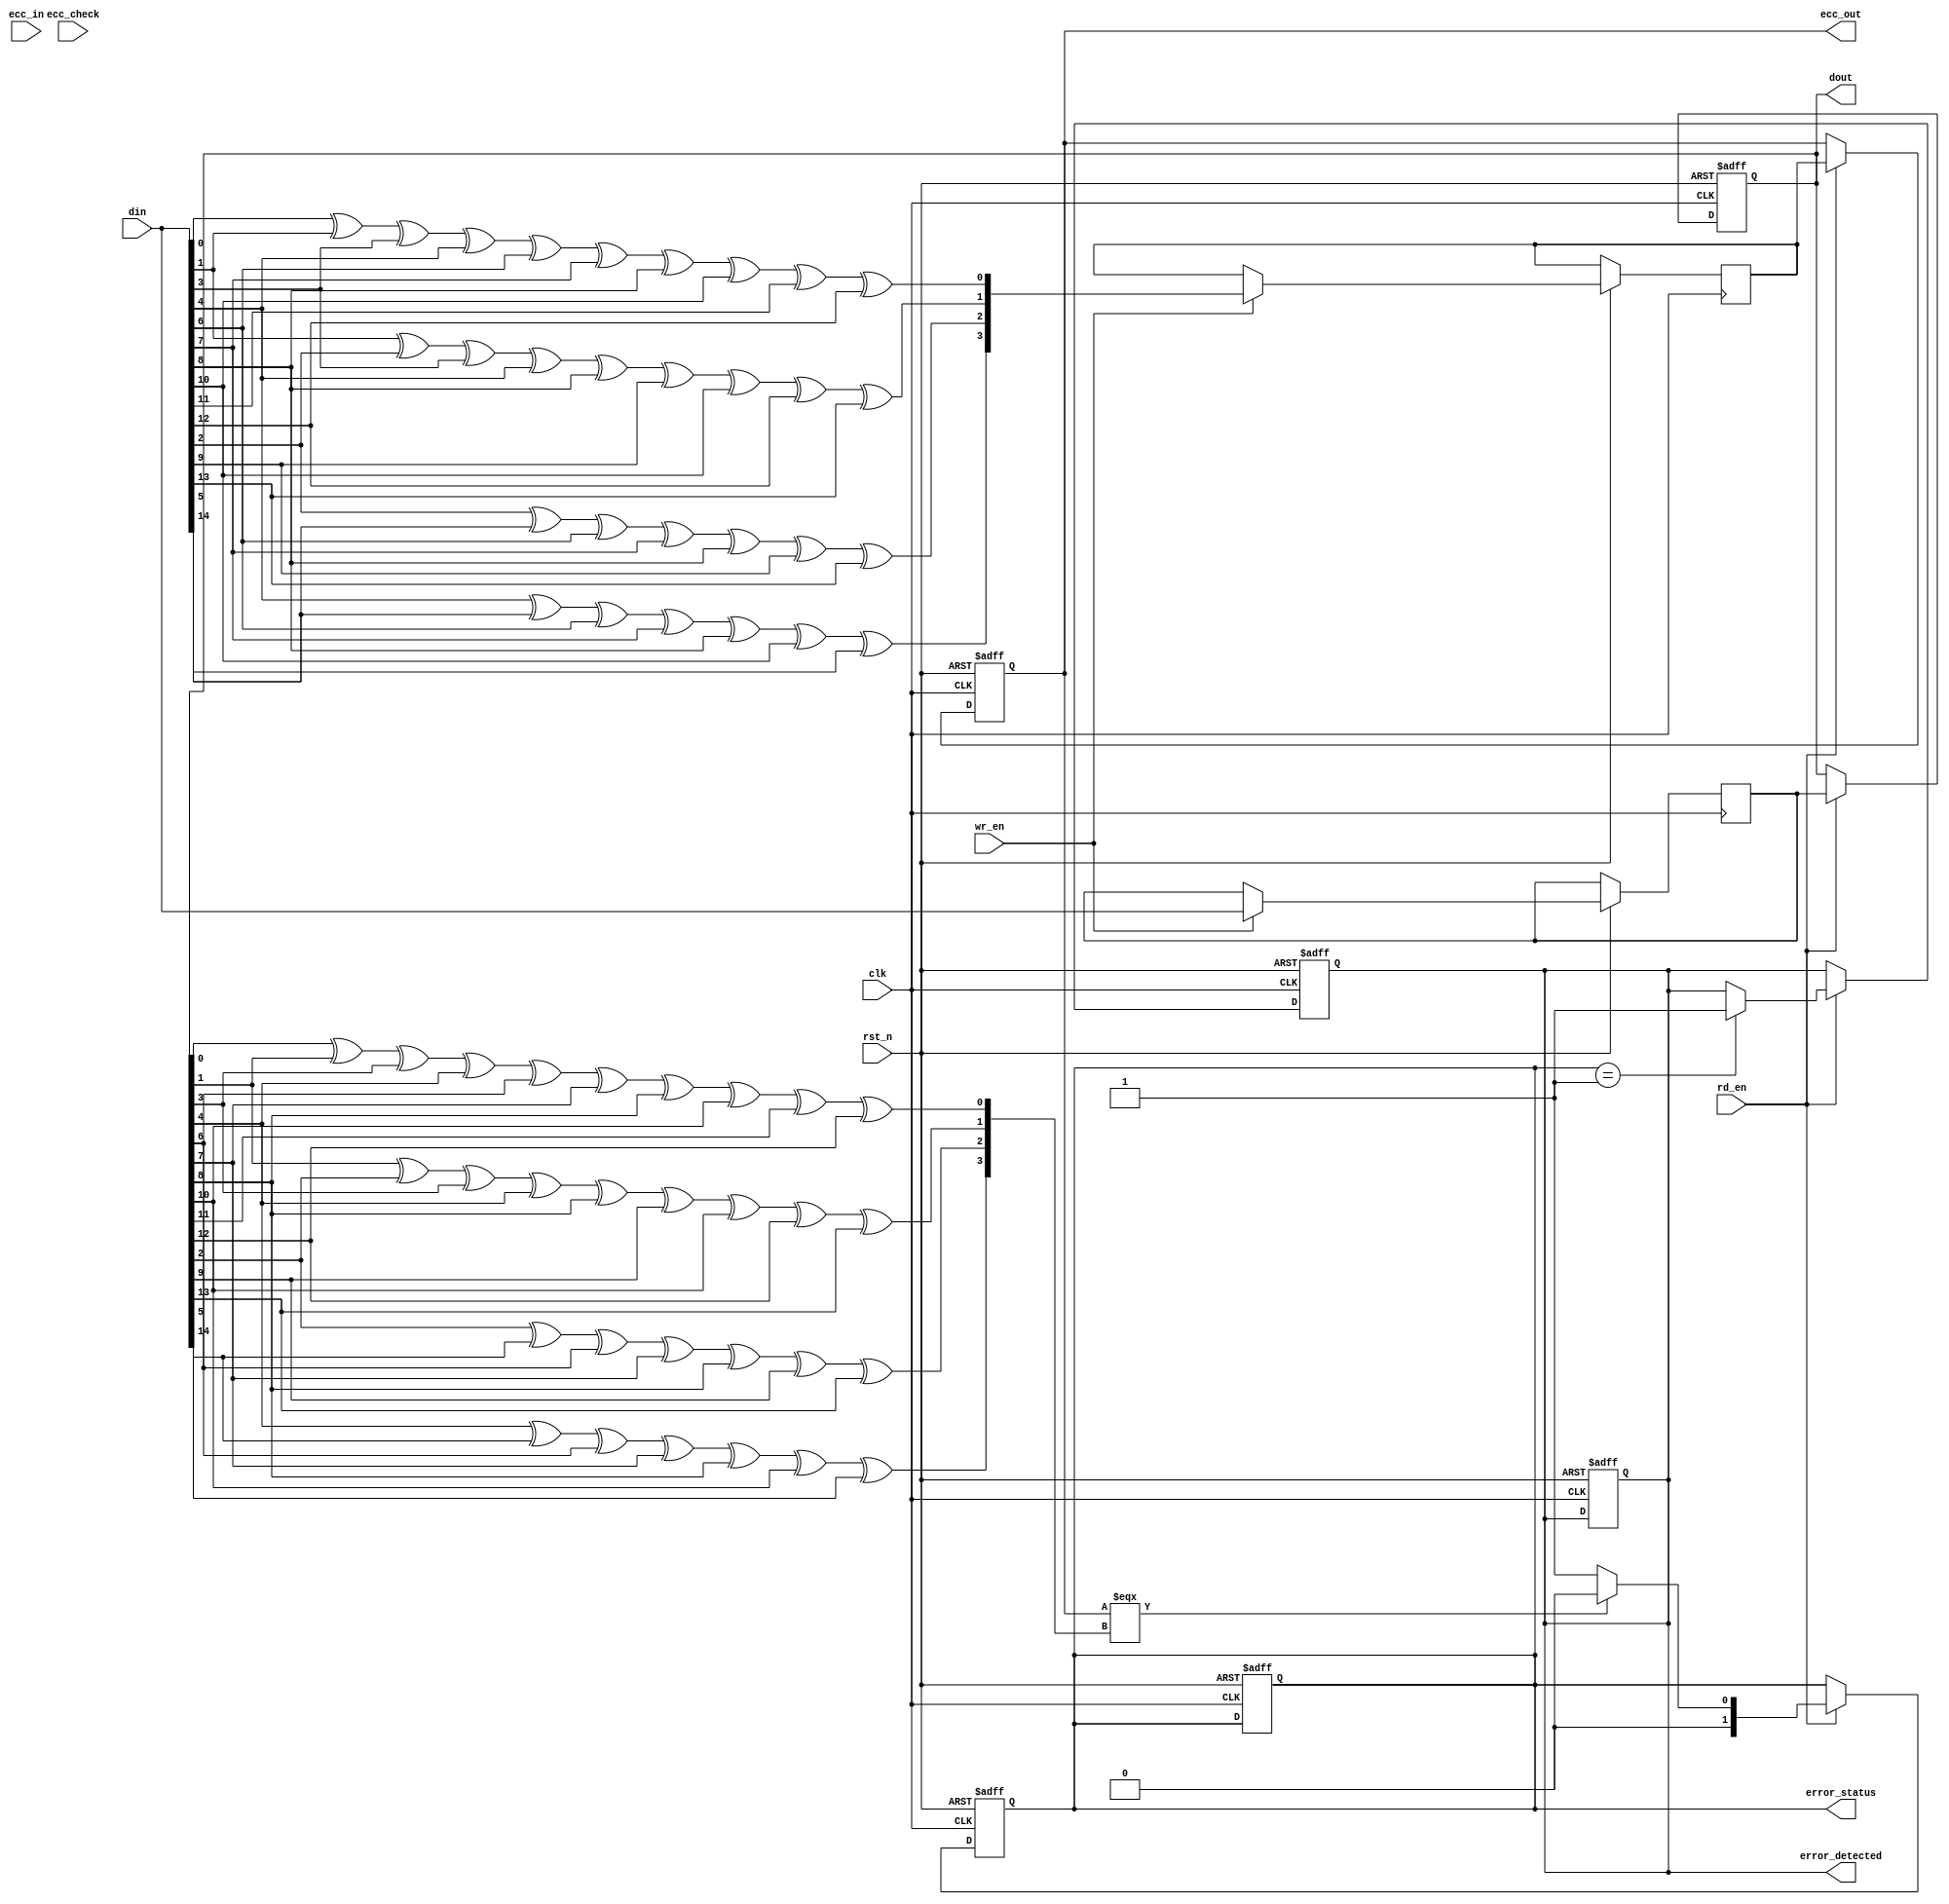
module ecc_dram_io_block (
    input wire clk,
    input wire rst_n,
    input wire [31:0] din,         // Data input (32-bit)
    input wire [3:0] ecc_in,       // ECC input
    input wire wr_en,              // Write enable
    input wire rd_en,              // Read enable
    input wire [31:0] ecc_check,   // Expected ECC bits for error checking
    output reg [31:0] dout,        // Data output
    output reg [3:0] ecc_out,      // Generated ECC bits
    output reg error_detected,      // Error detection flag
    output reg [1:0] error_status   // Error status (00: no error, 01: correctable, 10: uncorrectable)
);

// Internal Registers
reg [31:0] mem [0:255]; // Memory storage (256 x 32-bit)
reg [3:0] mem_ecc [0:255]; // Store ECC bits corresponding to memory

// ECC generation (Hamming code example)
function [3:0] generate_ecc;
    input [31:0] data;
    // Simple Hamming code calculation
    begin
        // Dummy ECC generation for illustration
        generate_ecc[0] = data[0] ^ data[1] ^ data[3] ^ data[4] ^ data[6] ^ data[7] ^ data[8] ^ data[10] ^ data[11] ^ data[12];
        generate_ecc[1] = data[1] ^ data[2] ^ data[3] ^ data[4] ^ data[8] ^ data[9] ^ data[10] ^ data[12] ^ data[13];
        generate_ecc[2] = data[2] ^ data[5] ^ data[6] ^ data[7] ^ data[8] ^ data[9] ^ data[13];
        generate_ecc[3] = data[4] ^ data[5] ^ data[6] ^ data[7] ^ data[8] ^ data[10] ^ data[14];
    end
endfunction

// ECC check and correction logic
function [1:0] check_ecc;
    input [31:0] data;
    input [3:0] ecc;
    begin
        // Perform ECC checking (for illustration, assume always correct for this example)
        if (ecc === generate_ecc(data))
            check_ecc = 2'b00; // No error
        else
            check_ecc = 2'b01; // Error detected
    end
endfunction

// Write Operation
always @(posedge clk or negedge rst_n) begin
    if (!rst_n) begin
        error_detected <= 1'b0;
        error_status <= 2'b00;
    end else begin
        if (wr_en) begin
            mem[0] <= din; // Write data to memory
            mem_ecc[0] <= generate_ecc(din); // Generate and store ECC bits
        end
    end
end

// Read Operation
always @(posedge clk or negedge rst_n) begin
    if (!rst_n) begin
        dout <= 32'b0;
        ecc_out <= 4'b0;
        error_detected <= 1'b0;
        error_status <= 2'b00;
    end else begin
        if (rd_en) begin
            dout <= mem[0]; // Read data from memory
            ecc_out <= mem_ecc[0]; // Read stored ECC bits
            error_status <= check_ecc(dout, ecc_out); // Check for errors
            if (error_status == 2'b01) begin
                error_detected <= 1'b1; // Error detected
                // Correction logic can be added here if necessary
            end
        end
    end
end

endmodule